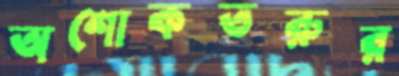
অশোকতরুর